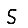
Digit: 5